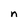
Character: n